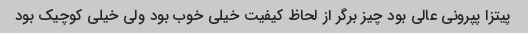
پیتزا پپرونی عالی بود چیز برگر از لحاظ کیفیت خیلی خوب بود ولی خیلی کوچیک بود